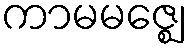
ကာမမဇ္ဈေ